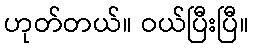
ဟုတ်တယ်။ ဝယ်ပြီးပြီ။